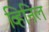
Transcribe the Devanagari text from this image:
व्हिनिल